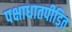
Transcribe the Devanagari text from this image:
पक्षाधातपीड़ित